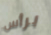
برأس